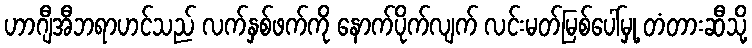
ဟာဂျီအီဘရာဟင်သည် လက်နှစ်ဖက်ကို နောက်ပိုက်လျက် လင်းမတ်မြစ်ပေါ်မှု့ တံတားဆီသို့